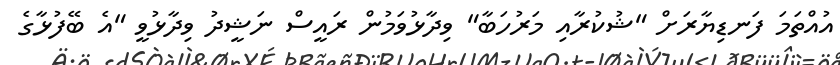
އުއްތަމަ ފަނޑިޔާރަށް "ޝުކުރާއި މަރުހަބާ" ވިދާޅުވަމުން ރައީސް ނަޝީދު ވިދާޅުވީ "އެ ބޭފުޅާގެ